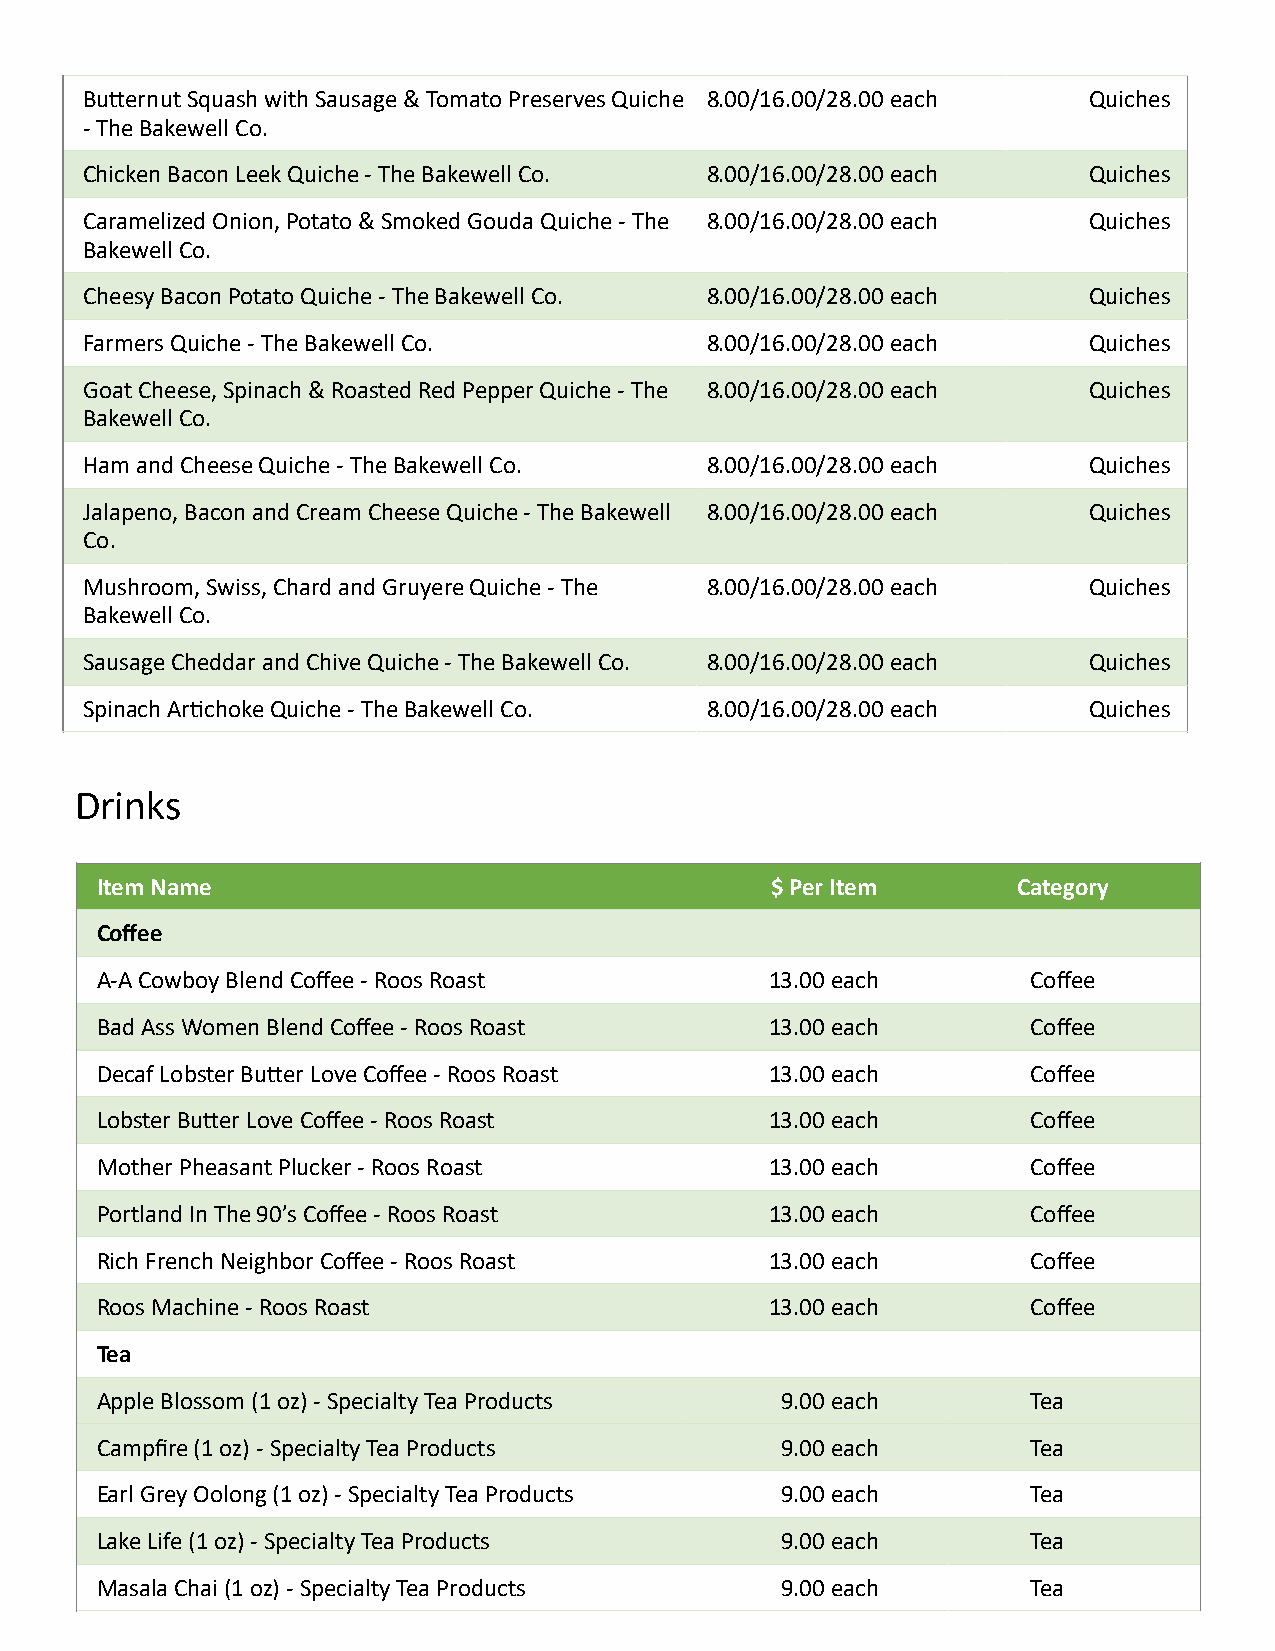
Budernut Squash with Sausage & Tomato Preserves Quiche 8.00/16.00/28.00 each Quiches
 - The Bakewell Co.
 Chicken Bacon Leek Quiche - The Bakewell Co. 8.00/16.00/28.00 each Quiches
 Caramelized Onion, Potato & Smoked Gouda Quiche - The 8.00/16.00/28.00 each Quiches
 Bakewell Co.
 Cheesy Bacon Potato Quiche - The Bakewell Co. 8.00/16.00/28.00 each Quiches
 Farmers Quiche - The Bakewell Co.         8.00/16.00/28.00 each    Quiches
 Goat Cheese, Spinach & Roasted Red Pepper Quiche - The 8.00/16.00/28.00 each Quiches
 Bakewell Co.
 Ham and Cheese Quiche - The Bakewell Co.  8.00/16.00/28.00 each    Quiches
 Jalapeno, Bacon and Cream Cheese Quiche - The Bakewell 8.00/16.00/28.00 each Quiches
 Co.
 Mushroom, Swiss, Chard and Gruyere Quiche - The 8.00/16.00/28.00 each Quiches
 Bakewell Co.
 Sausage Cheddar and Chive Quiche - The Bakewell Co. 8.00/16.00/28.00 each Quiches
 Spinach Ar_choke Quiche - The Bakewell Co. 8.00/16.00/28.00 each   Quiches
 Drinks
 Item Name                                    $ Per Item      Category
 Coffee
 A-A Cowboy Blend Coffee - Roos Roast         13.00 each       Coffee
 Bad Ass Women Blend Coffee - Roos Roast      13.00 each       Coffee
 Decaf Lobster Buder Love Coffee - Roos Roast 13.00 each       Coffee
 Lobster Buder Love Coffee - Roos Roast       13.00 each       Coffee
 Mother Pheasant Plucker - Roos Roast         13.00 each       Coffee
 Portland In The 90’s Coffee - Roos Roast     13.00 each       Coffee
 Rich French Neighbor Coffee - Roos Roast     13.00 each       Coffee
 Roos Machine - Roos Roast                    13.00 each       Coffee
 Tea
 Apple Blossom (1 oz) - Specialty Tea Products 9.00 each       Tea
 Campfire (1 oz) - Specialty Tea Products      9.00 each       Tea
 Earl Grey Oolong (1 oz) - Specialty Tea Products 9.00 each    Tea
 Lake Life (1 oz) - Specialty Tea Products     9.00 each       Tea
 Masala Chai (1 oz) - Specialty Tea Products   9.00 each       Tea